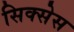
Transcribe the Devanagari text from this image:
सिक्सेस